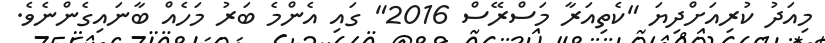
މިއަދު ކުރިއަށްދިޔަ "ކެތިއަރާ މަސްރޭސް 2016" ގައި އެންމެ ބަރު މަހެއް ބާނައިގެންނެވެ.